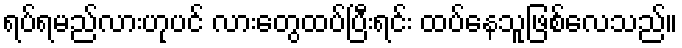
ရပ်ရမည်လားဟုပင် လားတွေထပ်ပြီးရင်း ထပ်နေသူဖြစ်လေသည်။